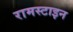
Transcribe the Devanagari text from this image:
रामस्टाइन